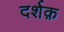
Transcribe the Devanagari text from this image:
दर्शक़